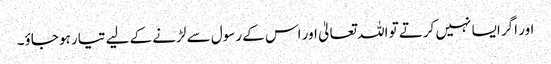
اور اگر ایسا نہیں کرتے تو اللہ تعالیٰ اور اس کے رسول سے لڑنے کے لیے تیار ہو جاؤ۔